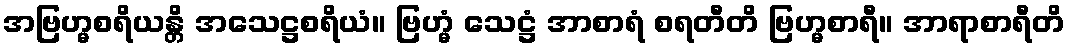
အဗြဟ္မစရိယန္တိ အသေဋ္ဌစရိယံ။ ဗြဟ္မံ သေဋ္ဌံ အာစာရံ စရတီတိ ဗြဟ္မစာရီ။ အာရာစာရီတိ